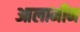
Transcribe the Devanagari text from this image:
आलामीन